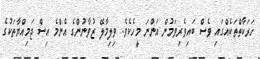
ހަރަކާތްތަކެއްގައި ވެސް ބައިވެރިވަމުން އަންނަ މީހެކެވެ. ވިލިމާލޭ ޒުވާނުންގެ އެންމެ އިސް ޖަމިއްޔާތަކުގެ